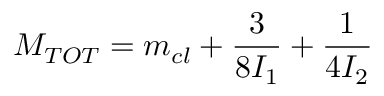
M _ { T O T } = m _ { c l } + \frac { 3 } { 8 I _ { 1 } } + \frac { 1 } { 4 I _ { 2 } }